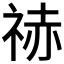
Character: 𥙼